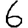
Digit: 6